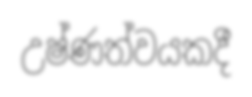
උෂ්ණත්වයකදී